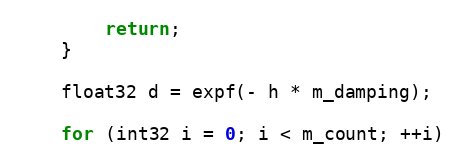
Language: C++
		return;
	}

	float32 d = expf(- h * m_damping);

	for (int32 i = 0; i < m_count; ++i)